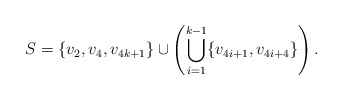
\begin{align*}S = \{v_2,v_4,v_{4k+1}\} \cup \left( \bigcup_{i=1}^{k-1} \{v_{4i+1},v_{4i+4}\} \right).\end{align*}